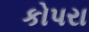
કોપરા